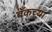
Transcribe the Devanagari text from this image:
बँकच्या